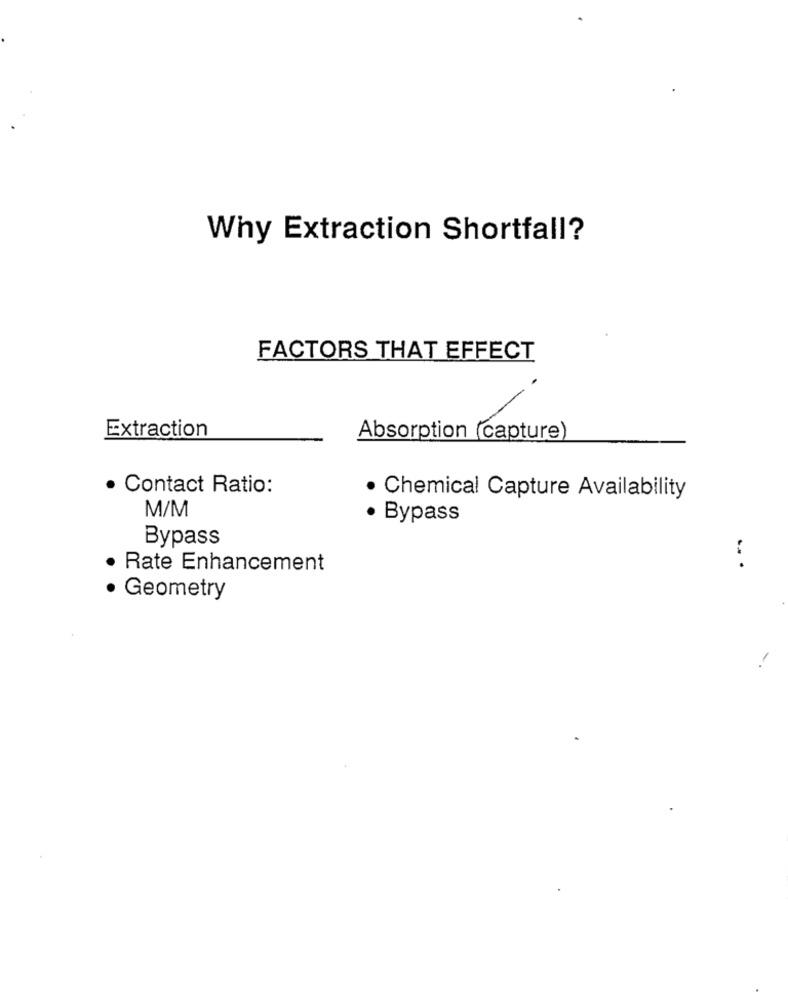
Why Extraction Shortfall?
FACTORS THAT EFFECT
Extraction
Absorption (capture)
· Contact Ratio:
· Chemical Capture Availability
M/M
· Bypass
Bypass
Rate Enhancement
... .
· Geometry
-